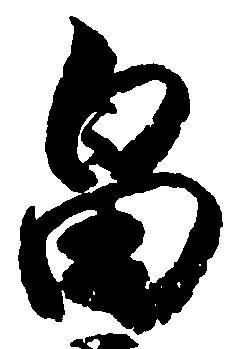
畠